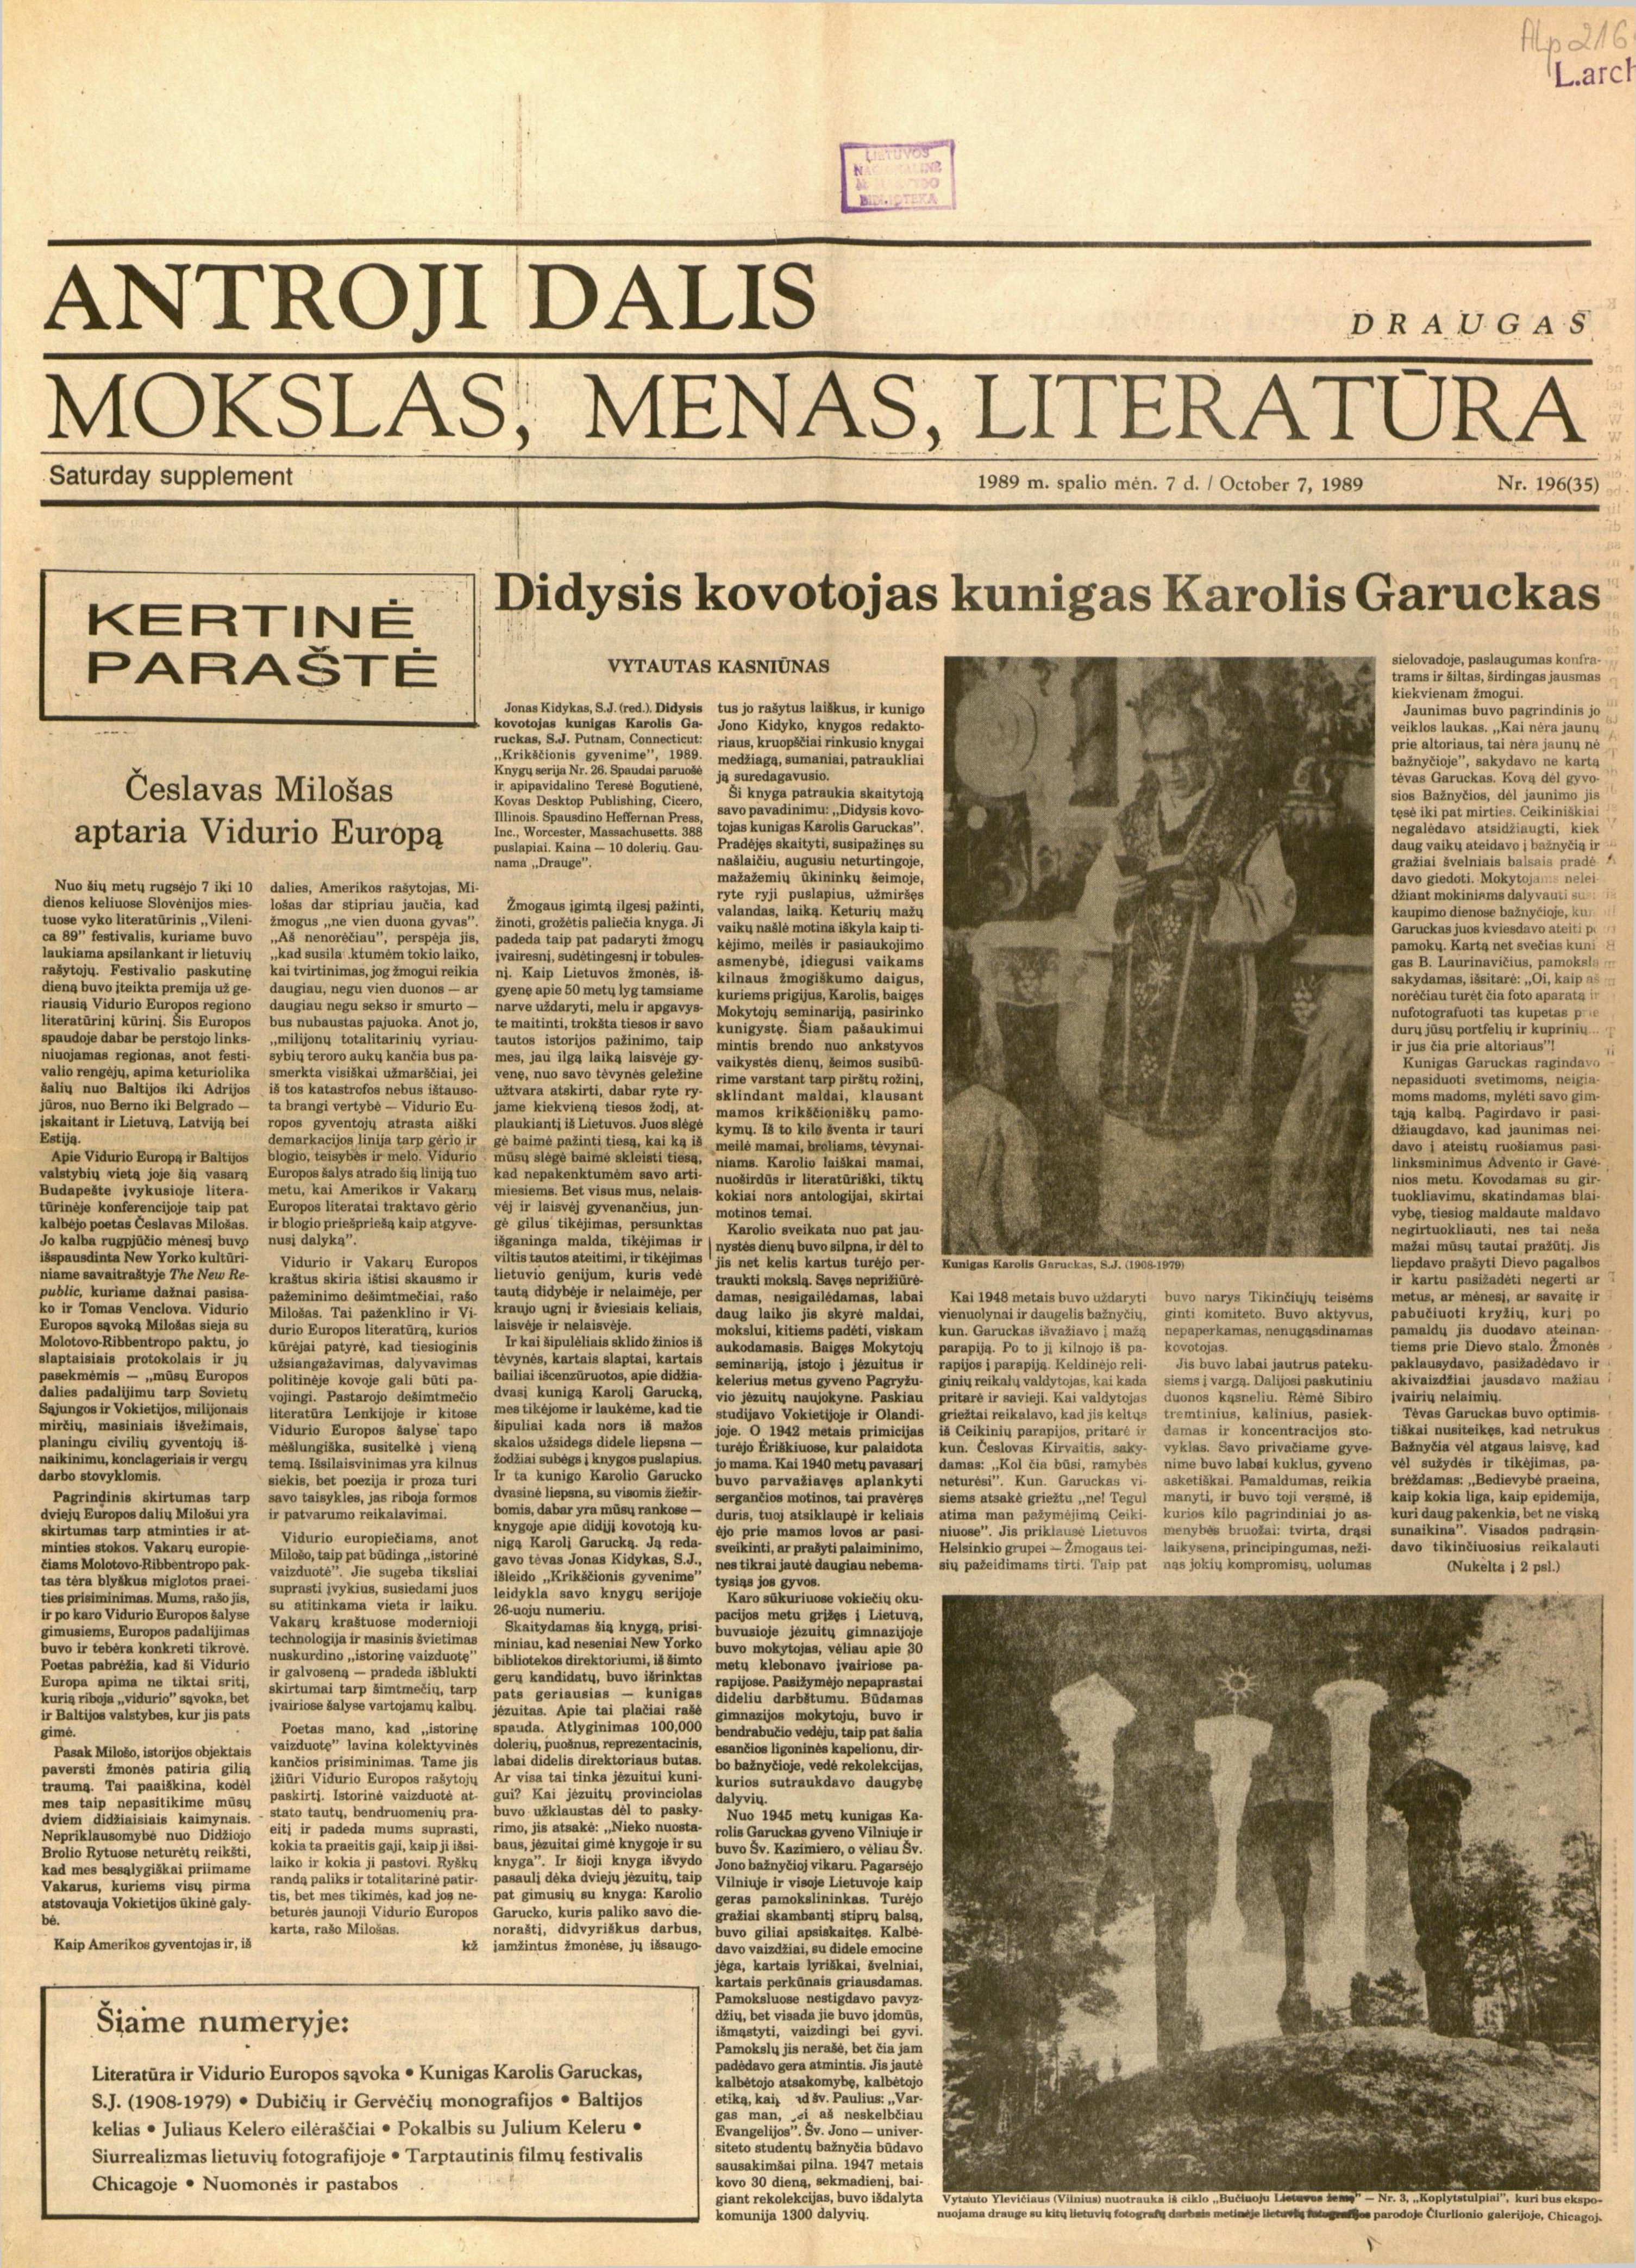
Language: lt